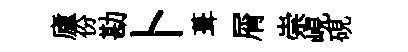
廬份勘卜葺屑崇峴硯